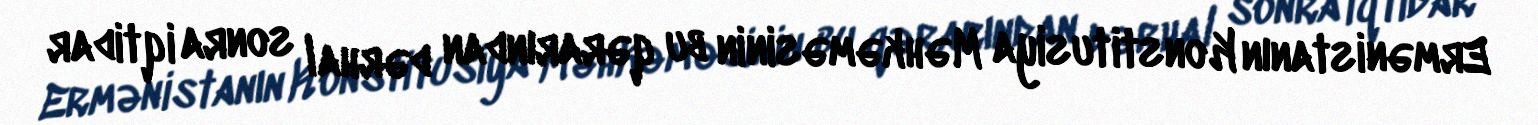
Ermənistanın Konstitusiya Məhkəməsinin bu qərarından dərhal sonra iqtidar